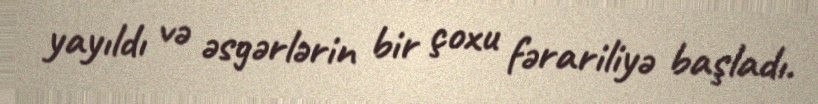
yayıldı və əsgərlərin bir çoxu fərariliyə başladı.